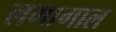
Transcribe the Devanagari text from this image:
लगागाल